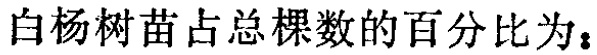
白杨树苗占总棵数的百分比为：